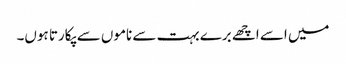
میں اسے اچھے برے بہت سے ناموں سے پکارتا ہوں۔